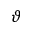
\vartheta